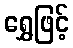
ရွှေဖြင့်